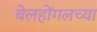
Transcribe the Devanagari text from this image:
बेलहोंगलच्या